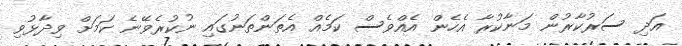
އަދި ސަރުކާރުން މަނާކުރާ އެހެން އެއްވެސް ކަމެއް އެތަންތަނުގައި ނުކުރެވޭނެ ކަމަށް ވިދާޅުވި